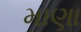
માણા